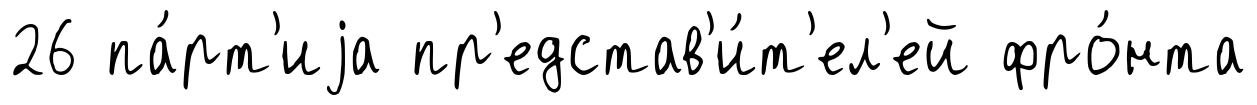
26 па́рт'иjа пр'едстав'и́т'ел'ей фро́нта